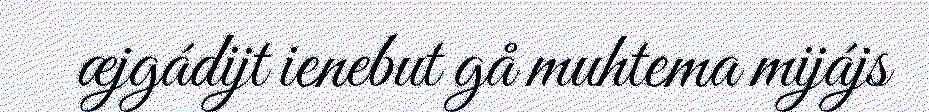
æjgádijt ienebut gå muhtema mijájs